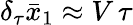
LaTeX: \delta_{\tau}\bar{x}_{1}\approx V\, \tau